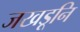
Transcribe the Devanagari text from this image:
जखडूनि